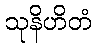
သုနိဟိတံ